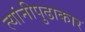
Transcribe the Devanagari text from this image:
त्यांनीपुढाकार